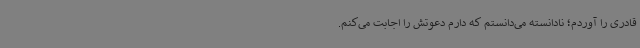
قادری را آوردم؛ نادانسته می‌دانستم که دارم دعوتش را اجابت می‌کنم.